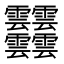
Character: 𩇔